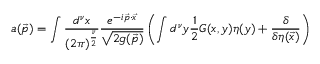
a ( \vec { p } ) = \int { \frac { d ^ { \nu } x } { ( 2 \pi ) ^ { \frac { \nu } { 2 } } } } { \frac { e ^ { - i \vec { p } \cdot \vec { x } } } { \sqrt { 2 g ( \vec { p } ) } } } \left( \int d ^ { \nu } y { \frac { 1 } { 2 } } G ( x , y ) \eta ( y ) + { \frac { \delta } { \delta \eta ( \vec { x } ) } } \right)